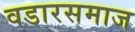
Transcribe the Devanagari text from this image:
वडारसमाज